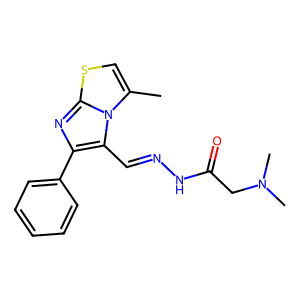
SMILES: Cc1csc2nc(-c3ccccc3)c(C=NNC(=O)CN(C)C)n12
Inhibits HIV replication: No